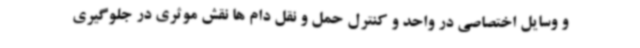
و وسایل اختصاصی در واحد و کنترل حمل و نقل دام ها نقش موثری در جلوگیری